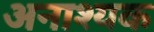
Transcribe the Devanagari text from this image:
अनाश्यक